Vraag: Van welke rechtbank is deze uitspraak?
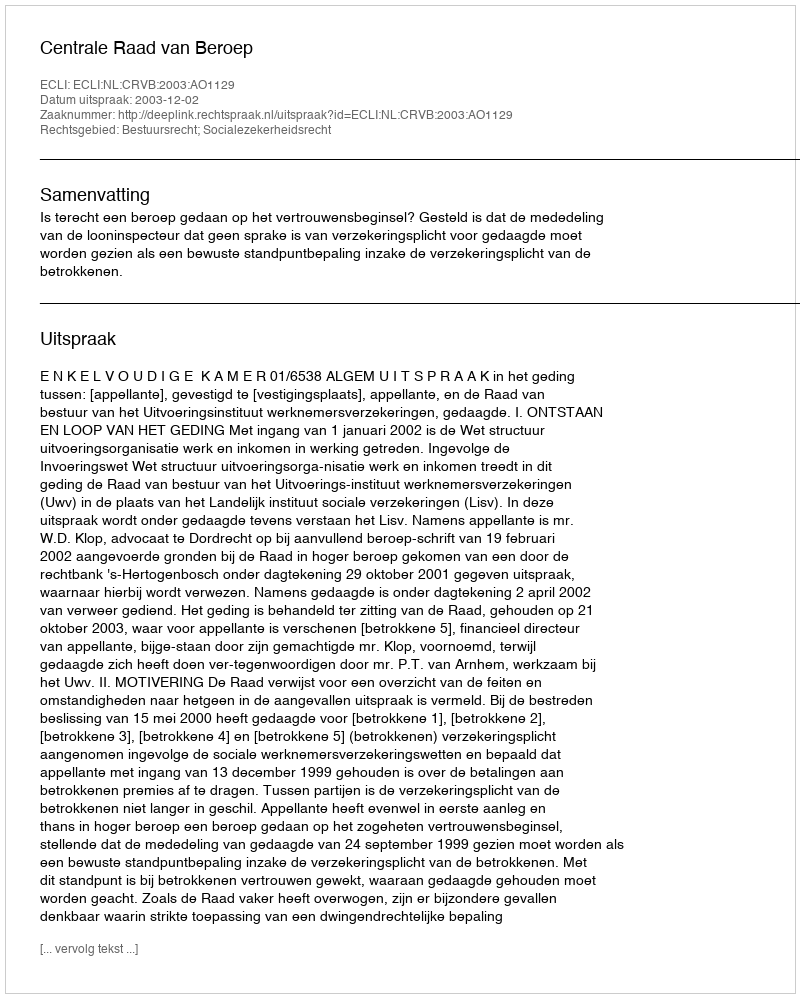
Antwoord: Centrale Raad van Beroep